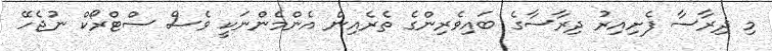
މި ދިރާސާ ފެށިއިރު ދިރާސާގެ ބައިވެރިންގެ ތެރެއިން އެންމެންނަކީ ވެސް ސްޓްރޯކް ނުޖެހޭ